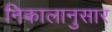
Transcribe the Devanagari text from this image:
निकालानुसार